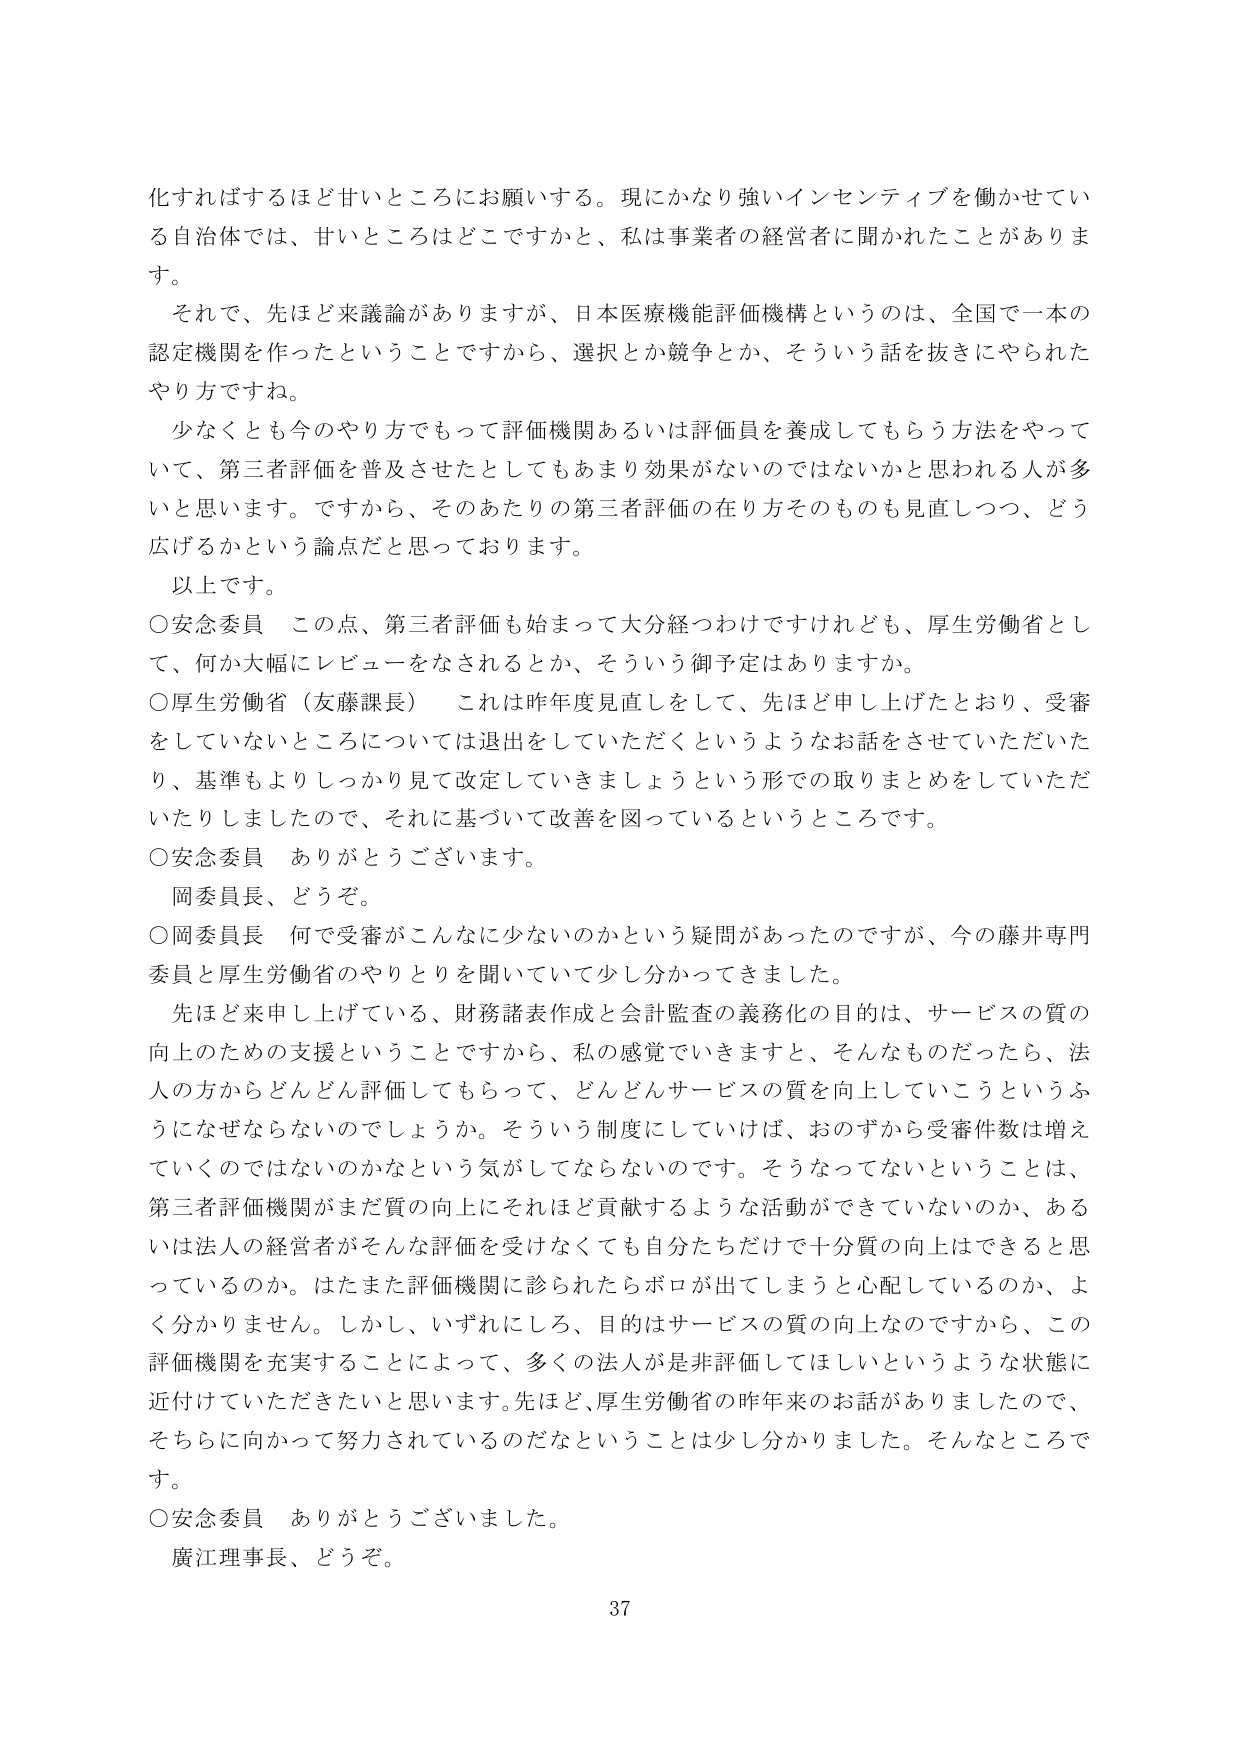
化すればするほど甘いところにお願いする。現にかなり強いインセンティブを働かせている自治体では、甘いところはどこですかと、私は事業者の経営者に聞かれたことがあります。

それで、先ほど来議論がありますが、日本医療機能評価機構というのは、全国で一本の認定機関を作ったということですから、選択とか競争とか、そういう話を抜きにやられたやり方ですね。

少なくとも今のやり方でもって評価機関あるいは評価員を養成してもらう方法をやっていて、第三者評価を普及させたとしてもあまり効果がないのではないかと思われる人が多いと思います。ですから、そのあたりの第三者評価の在り方そのものも見直しつつ、どう広げるかという論点だと思っております。

以上です。

○安念委員　この点、第三者評価も始まって大分経つわけですが、厚生労働省として、何か大幅にレビューをなされるとか、そういう御予定はありますか。

○厚生労働省（友藤課長）　これは昨年度見直しをして、先ほど申し上げたとおり、受審をしていないところについては退出をしていただくというようなお話をさせていただいたり、基準もよりしっかり見て改定していきましょうという形での取りまとめをしていただいたりしましたので、それに基づいて改善を図っているというところです。

○安念委員　ありがとうございます。

岡委員長、どうぞ。

○岡委員長　何で受審がこんなに少ないのかという疑問があったのですが、今の藤井専門委員と厚生労働省のやりとりを聞いていて少し分かってきました。

先ほど申し上げている、財務諸表作成と会計監査の義務化の目的は、サービスの質の向上のための支援ということですから、私の感覚でいきますと、そんなものだったら、法人の方からどんどん評価してもらって、どんどんサービスの質を向上していこうというふうになぜならないのでしょうか。そういう制度にしていけば、おのずから受審件数は増えていくのではないのかなという気がしてならないのです。そうなってないということは、第三者評価機関がまだ質の向上にそれほど貢献するような活動ができていないのか、あるいは法人の経営者がそんな評価を受けなくても自分たちだけで十分質の向上はできると思っているのか。はたまた評価機関に診られたらボロが出てしまうと心配しているのか、よく分かりません。しかし、いずれにしろ、目的はサービスの質の向上なのですから、この評価機関を充実することによって、多くの法人が是非評価してほしいというような状態に近付けていただきたいと思います。先ほど、厚生労働省の昨年来のお話がありましたので、そちらに向かって努力されているのだなということは少し分かりました。そんなところでです。

○安念委員　ありがとうございました。

廣江理事長、どうぞ。

37